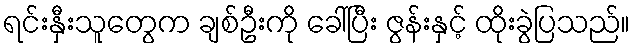
ရင်းနှီးသူတွေက ချစ်ဦးကို ခေါ်ပြီး ဇွန်းနှင့် ထိုးခွဲပြသည်။